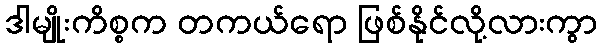
ဒါမျိုးကိစ္စက တကယ်ရော ဖြစ်နိုင်လို့လားကွာ